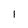
Character: I